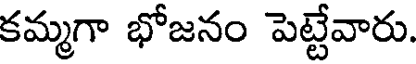
కమ్మగా భోజనం పెట్టేవారు.